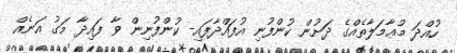
ހުއްދަ މުޢާމަލާތެއްގެ ދަށުން ކުންފުނި އުފައްދާފައި- ކުންފުނިން ވާ ފައިދާ މަގު އަނެއް